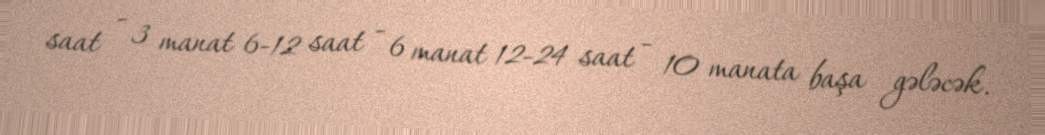
saat - 3 manat 6-12 saat - 6 manat 12-24 saat - 10 manata başa gələcək.